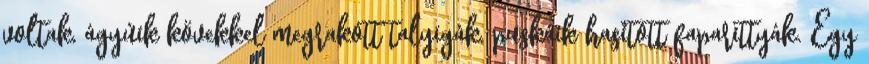
voltak, ágyúik kövekkel megrakott talyigák, puskáik hasított faparittyák. Egy